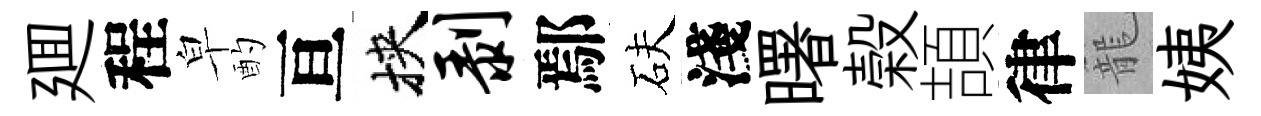
廽程皁酌亘挾剥鄢砆淺曙榖頡律籠姨